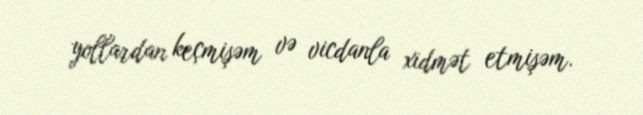
yollardan keçmişəm və vicdanla xidmət etmişəm.